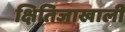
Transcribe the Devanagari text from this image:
क्षितिजाखाली